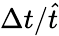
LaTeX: \Delta{t}/\hat{t}